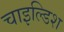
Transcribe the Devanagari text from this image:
चाइल्डिश